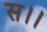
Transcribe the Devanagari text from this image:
स।।